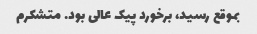
بموقع رسید، برخورد پیک عالی بود. متشکرم